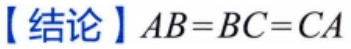
【结论】$AB = BC = CA$